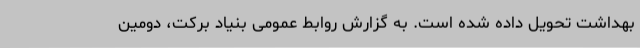
بهداشت تحویل داده شده است. به گزارش روابط عمومی بنیاد برکت، دومین